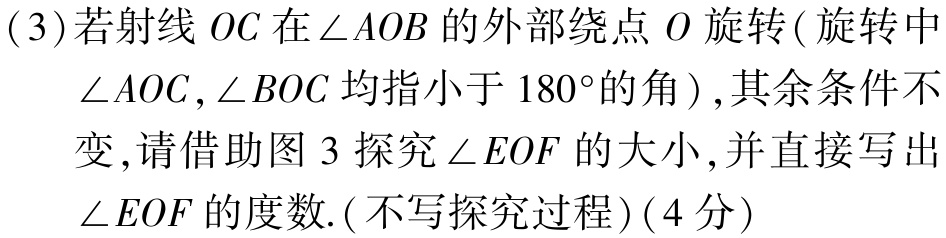
(3)若射线 \(OC\) 在 \(\angle AOB\) 的外部绕点 \(O\) 旋转( 旋转中 \(\angle AOC,\angle BOC\) 均指小于 \(180^{\circ}\) 的角 ),其余条件不变,请借助图 3 探究 \(\angle EOF\) 的大小, 并直接写出 \(\angle EOF\) 的度数.(不写探究过程)(4分)